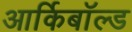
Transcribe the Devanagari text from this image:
आर्किबॉल्ड